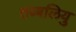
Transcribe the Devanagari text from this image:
तब्बलियु